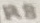
Text: R8